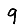
Digit: 9